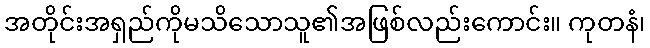
အတိုင်းအရှည်ကိုမသိသောသူ၏အဖြစ်လည်းကောင်း။ ကုတနံ၊